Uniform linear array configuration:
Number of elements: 16
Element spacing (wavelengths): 1
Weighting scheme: cosine
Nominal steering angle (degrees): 60
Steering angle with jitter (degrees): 61.593
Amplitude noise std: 0.05
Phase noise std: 0.05

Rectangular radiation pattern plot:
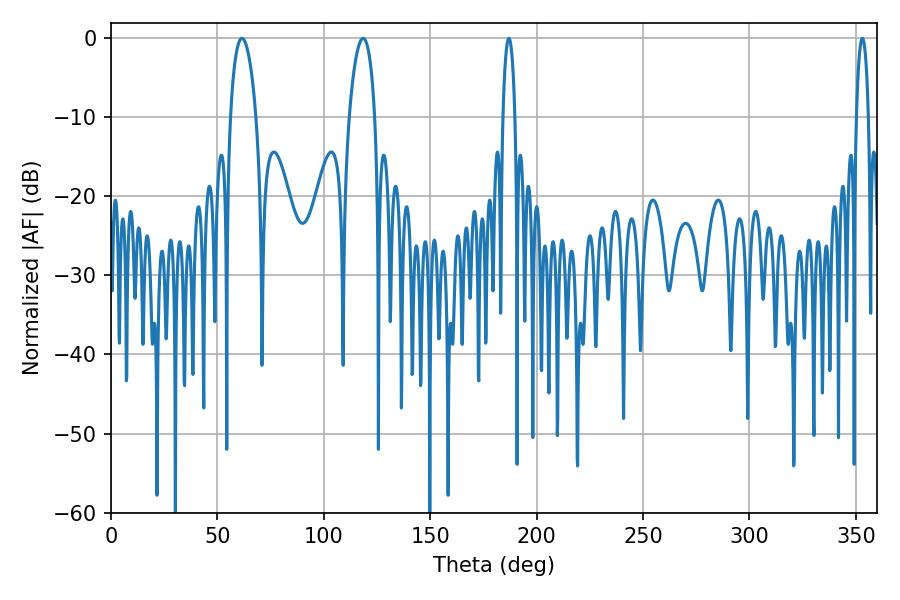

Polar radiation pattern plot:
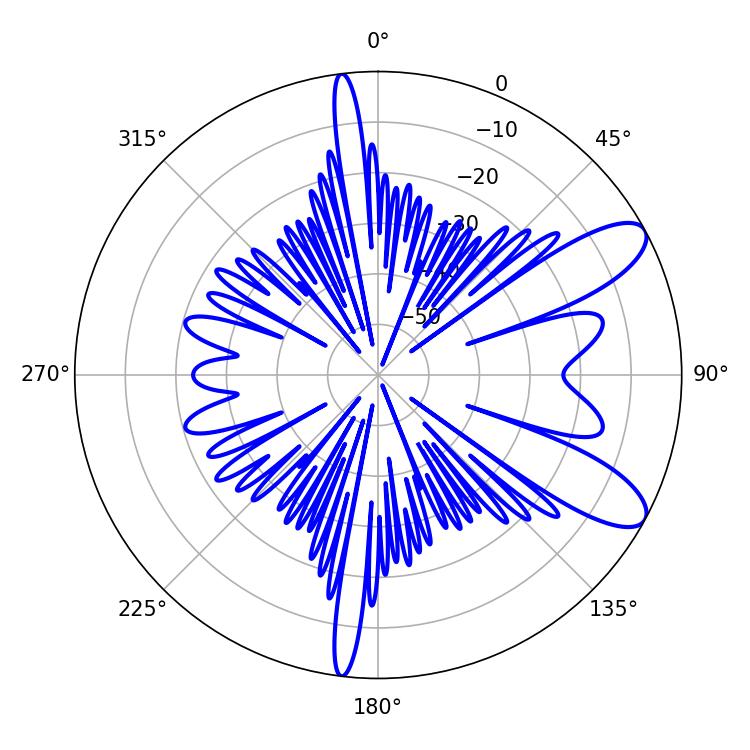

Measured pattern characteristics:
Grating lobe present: TRUE
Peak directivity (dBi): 9.642
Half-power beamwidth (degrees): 6.84
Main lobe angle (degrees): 61.56